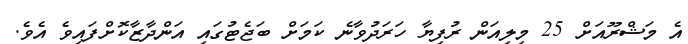
އެ މަޝްރޫއަށް 25 މިލިއަން ރުފިޔާ ހަރަދުވާނެ ކަމަށް ބަޖެޓުގައި އަންދާޒާކޮށްފައިވެ އެވެ.